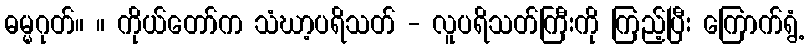
ဓမ္မဂုတ်။ ။ ကိုယ်တော်က သံဃာ့ပရိသတ် - လူပရိသတ်ကြီးကို ကြည့်ပြီး ကြောက်ရွံ့